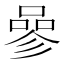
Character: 𠻝